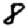
Digit: 8